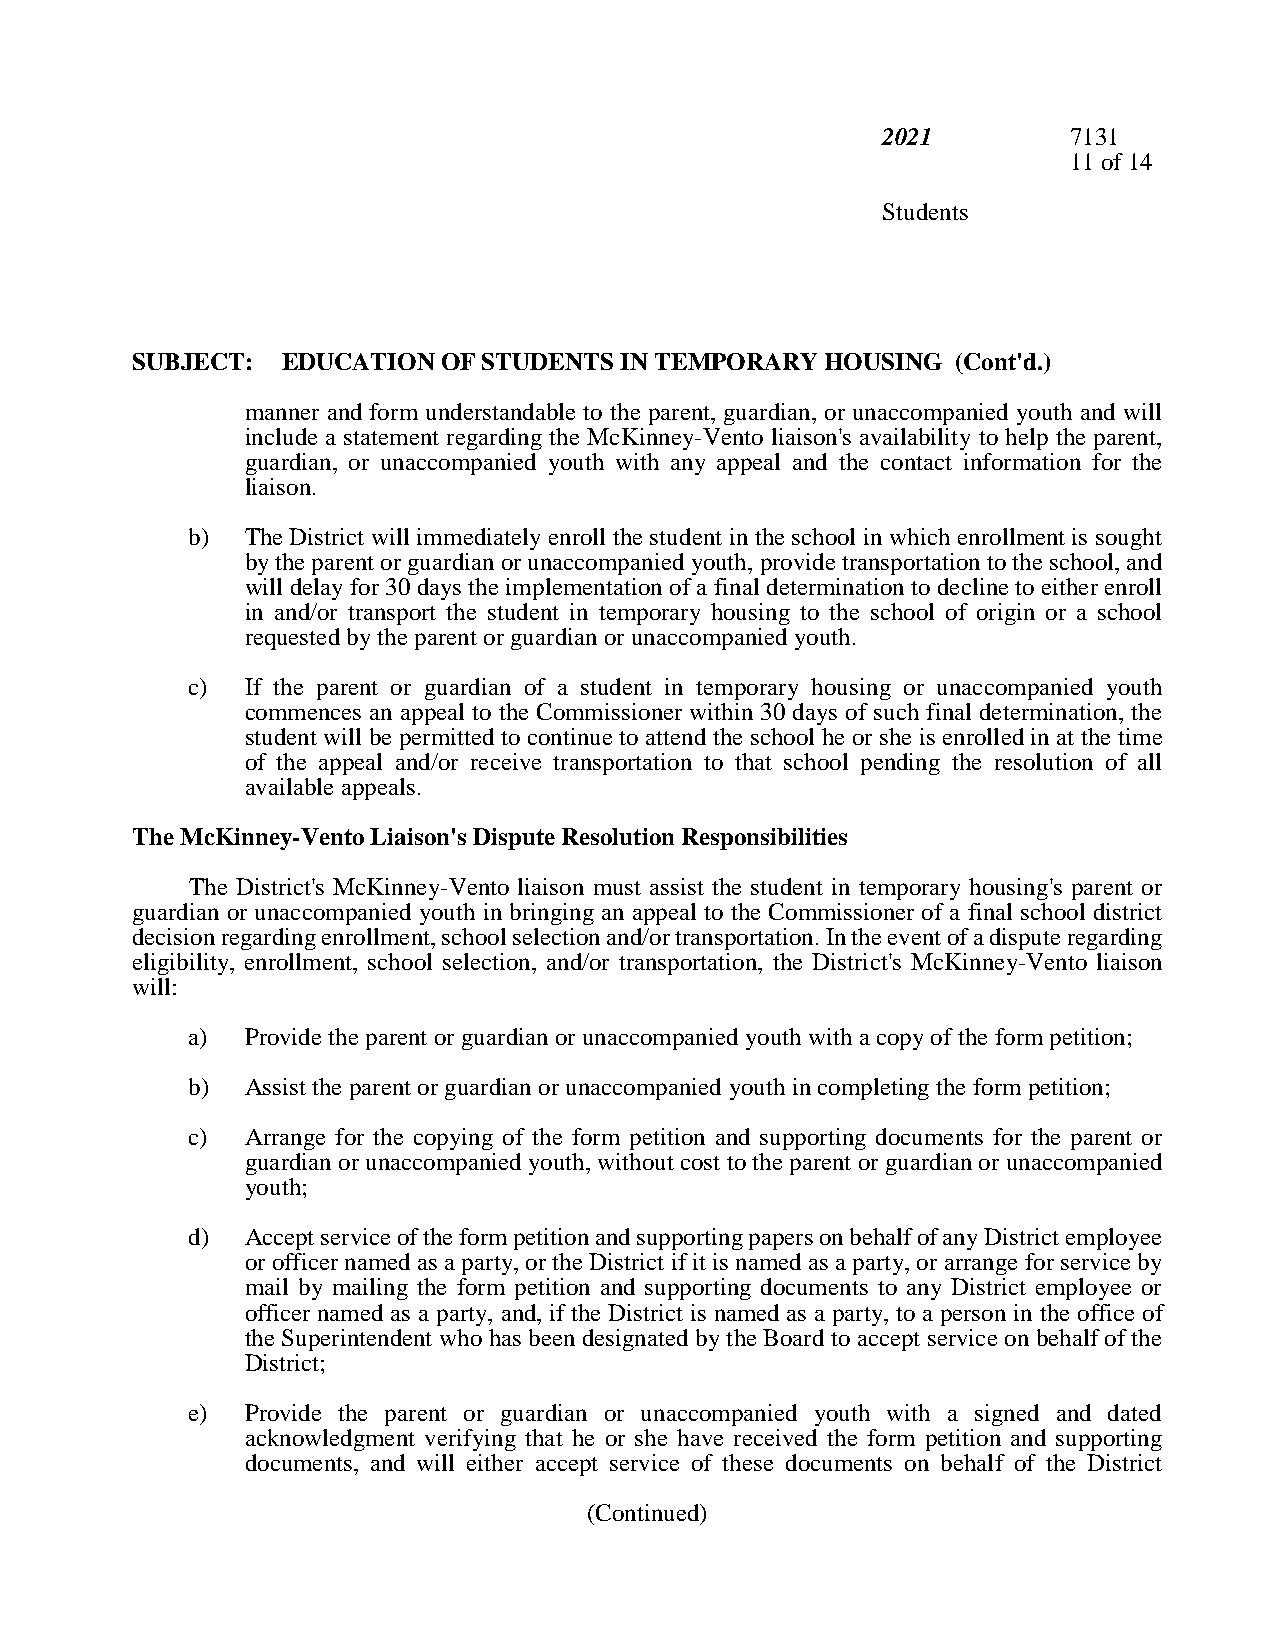
2021         7131
 11 of 14
 Students
 SUBJECT:  EDUCATION OF STUDENTS IN TEMPORARY  HOUSING (Cont'd.)
 manner and form understandable to the parent, guardian, or unaccompanied youth and will
 include a statement regarding the McKinney-Vento liaison's availability to help the parent,
 guardian, or unaccompanied youth with any appeal and the contact information for the
 liaison.
 b)  The District will immediately enroll the student in the school in which enrollment is sought
 by the parent or guardian or unaccompanied youth, provide transportation to the school, and
 will delay for 30 days the implementation of a final determination to decline to either enroll
 in and/or transport the student in temporary housing to the school of origin or a school
 requested by the parent or guardian or unaccompanied youth.
 c)  If the parent or guardian of a student in temporary housing or unaccompanied youth
 commences an appeal to the Commissioner within 30 days of such final determination, the
 student will be permitted to continue to attend the school he or she is enrolled in at the time
 of the appeal and/or receive transportation to that school pending the resolution of all
 available appeals.
 The McKinney-Vento Liaison's Dispute Resolution Responsibilities
 The District's McKinney-Vento liaison must assist the student in temporary housing's parent or
 guardian or unaccompanied youth in bringing an appeal to the Commissioner of a final school district
 decision regarding enrollment, school selection and/or transportation. In the event of a dispute regarding
 eligibility, enrollment, school selection, and/or transportation, the District's McKinney-Vento liaison
 will:
 a)  Provide the parent or guardian or unaccompanied youth with a copy of the form petition;
 b)  Assist the parent or guardian or unaccompanied youth in completing the form petition;
 c)  Arrange for the copying of the form petition and supporting documents for the parent or
 guardian or unaccompanied youth, without cost to the parent or guardian or unaccompanied
 youth;
 d)  Accept service of the form petition and supporting papers on behalf of any District employee
 or officer named as a party, or the District if it is named as a party, or arrange for service by
 mail by mailing the form petition and supporting documents to any District employee or
 officer named as a party, and, if the District is named as a party, to a person in the office of
 the Superintendent who has been designated by the Board to accept service on behalf of the
 District;
 e)  Provide the parent or guardian or unaccompanied youth with a signed and dated
 acknowledgment verifying that he or she have received the form petition and supporting
 documents, and will either accept service of these documents on behalf of the District
 (Continued)